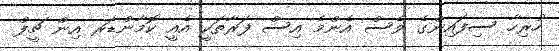
ހުރިހާ ސިފައިންގެ ވެސް އެންމެ އިސް ފަރާތަކީ އެއީ ކޮމާންޑަރ އިން ޗީފް